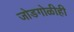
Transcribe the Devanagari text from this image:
जोडगोळीही